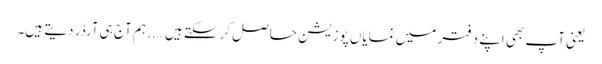
یعنی آپ بھی اپنے دفتر میں نمایاں پوزیشن حاصل کرسکتے ہیں….. ہم آج ہی آرڈر دیتے ہیں۔